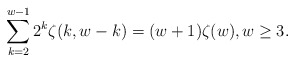
\begin{align*}\sum_{k=2}^{w-1} 2^k \zeta(k,w-k) = (w+1)\zeta (w), w\ge 3.\end{align*}